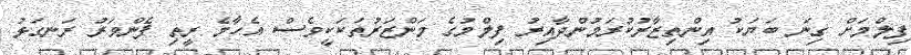
ފިލްމަށް ގިނަ ބަޔަކު އިންތިޒާރުކުރަމުންދާއިރު ފިލްމުގެ މަންޒަރުތަކަކީވެސް އެހާމެ ރީތި ފެންވަރު ރަނގަޅު